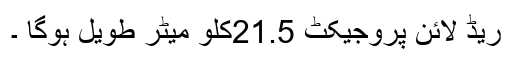
ریڈ لائن پروجیکٹ 21.5کلو میٹر طویل ہوگا ۔